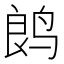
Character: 𬸏